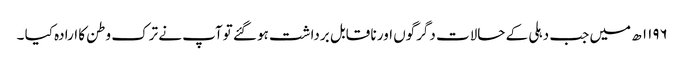
۱۱۹۶ ھ میں جب دہلی کے حالات دگرگوں اور نا قابل برداشت ہو گئے توآپ نے ترک وطن کا ارادہ کیا ۔